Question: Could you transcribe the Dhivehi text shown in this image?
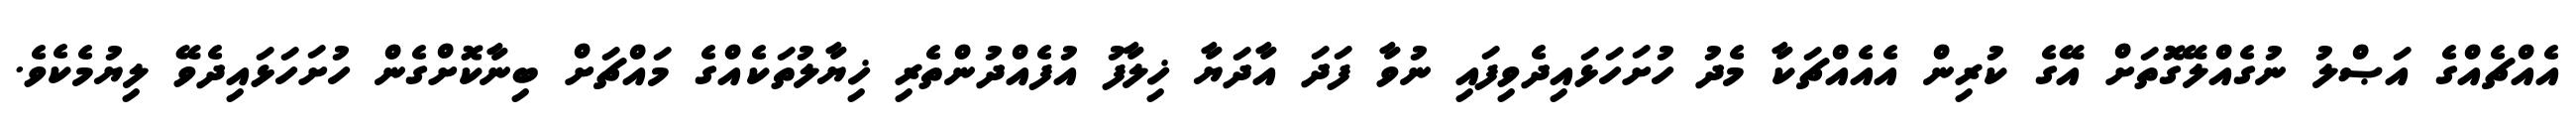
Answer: އެއްޗެއްގެ އަޞްލު ނުގެއްލޭގޮތަށް އޭގެ ކުރިން އެއެއްޗަކާ މެދު ހުށަހަޅައިދެވިފައި ނުވާ ފަދަ އާދަޔާ ޚިލާފު އުފެއްދުންތެރި ޚިޔާލުތަކެއްގެ މައްޗަށް ބިނާކޮށްގެން ހުށަހަޅައިދެވޭ ލިޔުމެކެވެ.